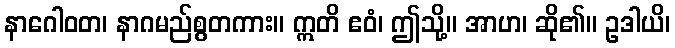
နာဂေါဝတ၊ နာဂမည်စွတကား။ ဣတိ ဧဝံ၊ ဤသို့။ အာဟ၊ ဆို၏။ ဥဒါယိ၊